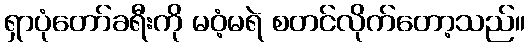
ရှာပုံတော်ခရီးကို မဝံ့မရဲ စတင်လိုက်တော့သည်။